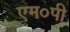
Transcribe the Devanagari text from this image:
एम०पी